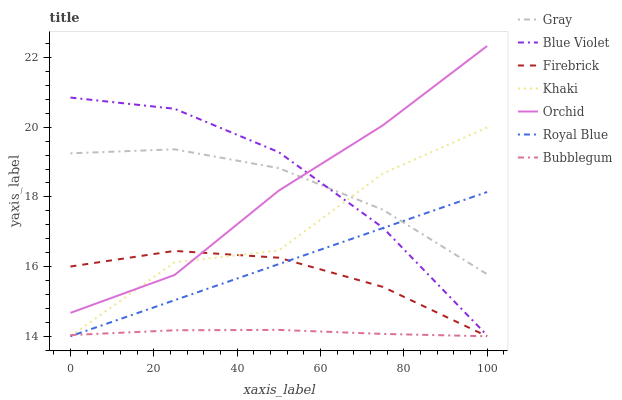
| xaxis_label | Gray | Blue Violet | Firebrick | Khaki | Orchid | Royal Blue | Bubblegum |
 | --- | --- | --- | --- | --- | --- | --- | --- |
 | 0 | 19.3 | 20.9 | 16 | 14 | 14.7 | 14 | 14 |
 | 25 | 19.4 | 20.5 | 16.4 | 16.1 | 15.8 | 15 | 14.2 |
 | 50 | 18.8 | 19.3 | 16.3 | 16.5 | 18.2 | 16.1 | 14.2 |
 | 75 | 17.6 | 17.1 | 15.4 | 18.7 | 20.1 | 17.1 | 14.1 |
 | 100 | 15.8 | 14 | 14 | 20 | 22.3 | 18.1 | 14 |